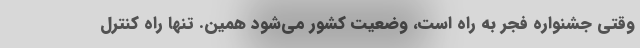
وقتی جشنواره فجر به راه است، وضعیت کشور می‌شود همین. تنها راه کنترل